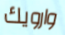
وارويك